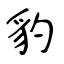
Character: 豹